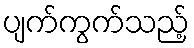
ပျက်ကွက်သည့်